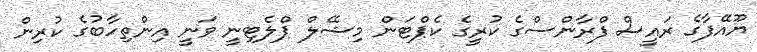
ޔޫއޭފާގެ ރައީސް ފްރާންސްގެ ކުރީގެ ކެޕްޓަން މިޝޭލް ޕްލެޓިނީ ވަނީ އިންތިހާބުގެ ކުރިން